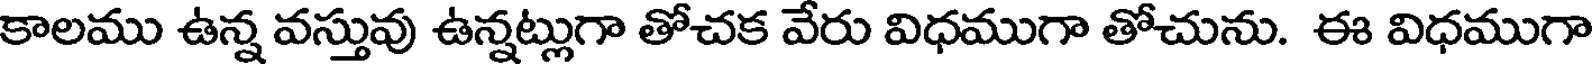
కాలము ఉన్న వస్తువు ఉన్నట్లుగా తోచక వేరు విధముగా తోచును. ఈ విధముగా